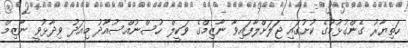
ހަތިޔާރު ގެންގުޅުމުގެ ކުށުގައި ޖަލަށްލާފައިވާ ނާޒިމްގެ ވަކީލް ހުސްނުއްސުއޫދު މިއަދު ވިދާޅުވީ ނާޒިމް